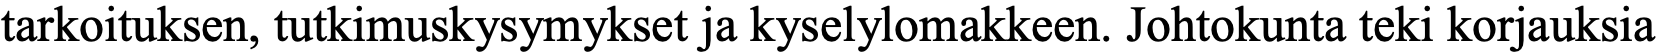
tarkoituksen, tutkimuskysymykset ja kyselylomakkeen. Johtokunta teki korjauksia